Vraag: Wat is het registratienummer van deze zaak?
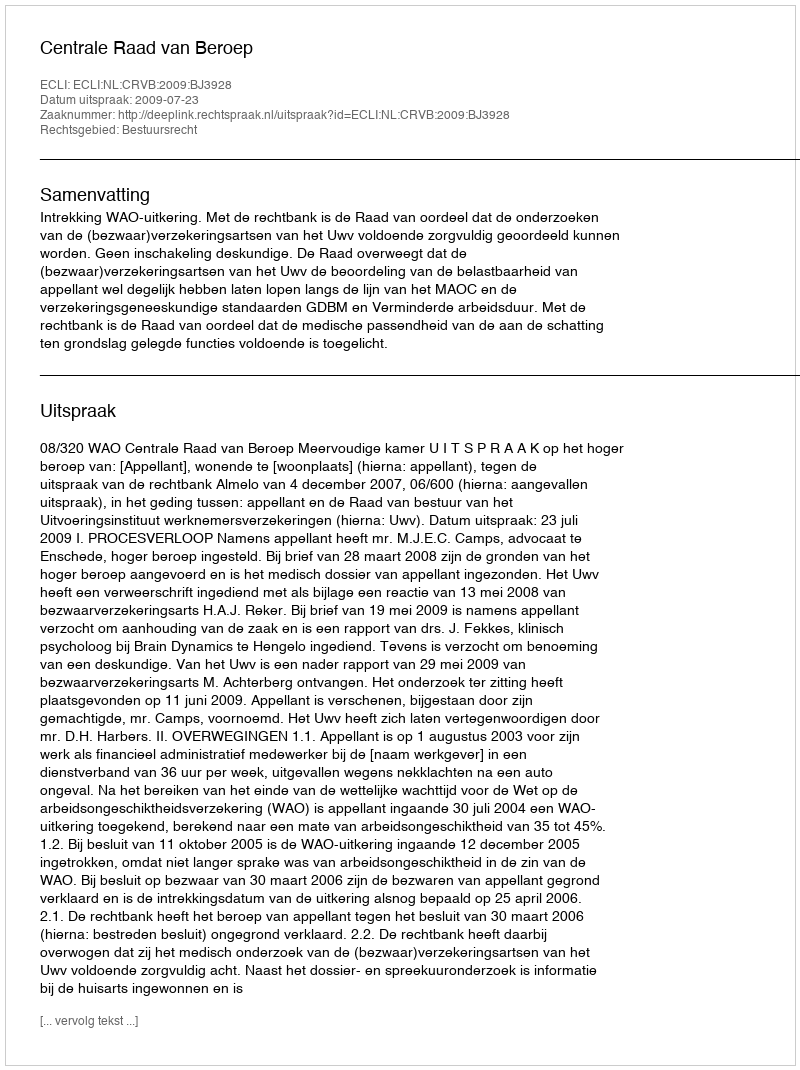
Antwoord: http://deeplink.rechtspraak.nl/uitspraak?id=ECLI:NL:CRVB:2009:BJ3928